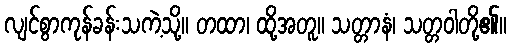
လျင်စွာကုန်ခန်းသကဲ့သို့။ တထာ၊ ထို့အတူ။ သတ္တာနံ၊ သတ္တဝါတို့၏။